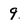
Character: 9